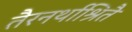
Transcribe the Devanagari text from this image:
तैरनर्थाश्रितै